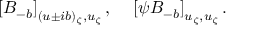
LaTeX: \left[ B _ { - b } \right] _ { ( u \pm i b ) _ { \zeta } , u _ { \zeta } } , ~ ~ ~ \left[ \psi B _ { - b } \right] _ { u _ { \zeta } , u _ { \zeta } } .